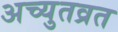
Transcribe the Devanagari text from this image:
अच्युतव्रत